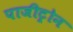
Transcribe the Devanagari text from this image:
पाजीट्रोन